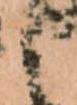
と